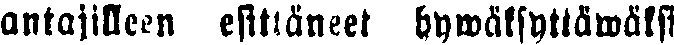
antajilleen esittäneet hywäksyttäwäksi